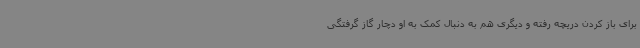
برای باز کردن دریچه رفته و دیگری هم به دنبال کمک به او دچار گاز گرفتگی